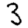
Digit: 3